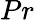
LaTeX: Pr